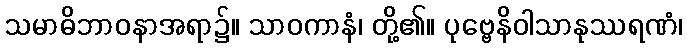
သမာဓိဘာဝနာအရာ၌။ သာဝကာနံ၊ တို့၏။ ပုဗ္ဗေနိဝါသာနုဿရဏံ၊